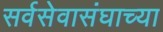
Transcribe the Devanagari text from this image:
सर्वसेवासंघाच्या